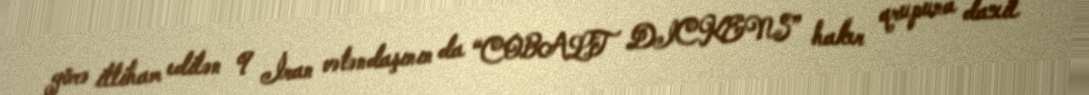
görə ittiham edilən 9 İran vətəndaşının da “COBALT DICKENS” haker qrupuna daxil